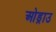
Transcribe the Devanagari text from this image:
ओड्राउ